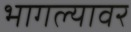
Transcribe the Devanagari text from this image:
भागल्यावर